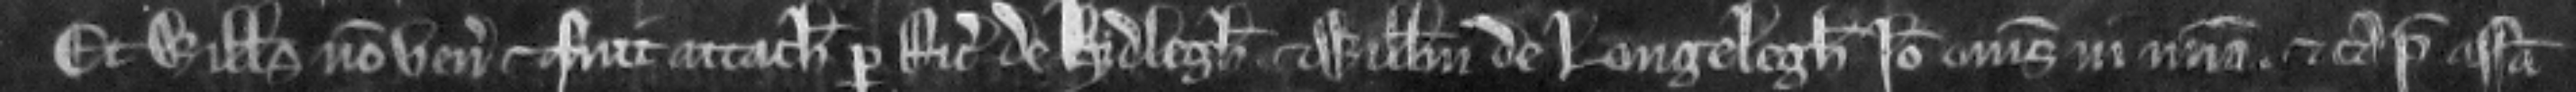
Et Willelmus non venit et fuit attachiatus per Ricardum de Kidlegh et Willelmum de Longelegh. Ideo omnes in misericordia. et capiatur assisa